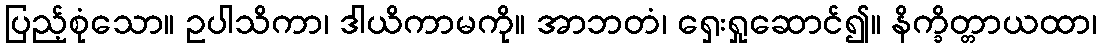
ပြည့်စုံသော။ ဥပါသိကာ၊ ဒါယိကာမကို။ အာဘတံ၊ ရှေးရှုဆောင်၍။ နိက္ခိတ္တာယထာ၊